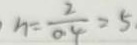
n = \frac { 2 } { 0 . 4 } = 5